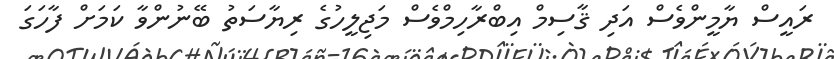
ރައީސް ޔާމީންވެސް އަދި ޤާސިމް އިބްރާހިމްވެސް މަޖިލީހުގެ ރިޔާސަތު ބޭނުންވާ ކަމަށް ފާހަގަ